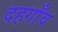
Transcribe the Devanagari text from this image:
दहगाँव